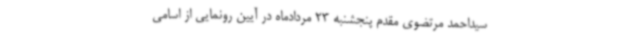
سیداحمد مرتضوی مقدم پنجشنبه 23 مردادماه در آیین رونمایی از اسامی